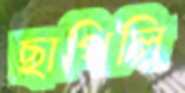
ছাপিলি